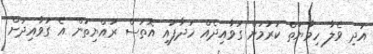
އަދި ވެލާ ހިމާޔަތް ކުރުމަށް ގަވާއިދެއް ހަދާފައި އޮތަސް ރައްޔިތުން އެ ގަވާއިދަށް